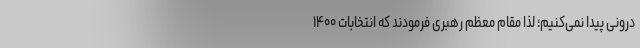
درونی پیدا نمی‌کنیم؛ لذا مقام معظم رهبری فرمودند که انتخابات ۱۴۰۰